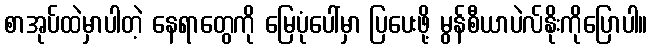
စာအုပ်ထဲမှာပါတဲ့ နေရာတွေကို မြေပုံပေါ်မှာ ပြပေးဖို့ မွန်စီယာပဲလ်နိုးကိုပြောပါ။